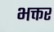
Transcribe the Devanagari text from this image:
भक्तर